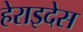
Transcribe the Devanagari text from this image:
हेराइदेस